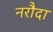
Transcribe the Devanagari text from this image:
नरौदा